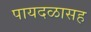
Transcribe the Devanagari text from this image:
पायदळासह